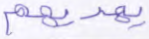
يهديهم